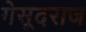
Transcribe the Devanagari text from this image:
गेसूदराज